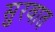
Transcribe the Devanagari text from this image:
सुुरवात